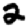
Digit: 2